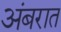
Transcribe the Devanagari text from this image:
अंबरात